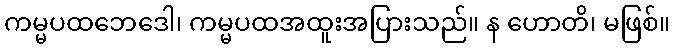
ကမ္မပထဘေဒေါ၊ ကမ္မပထအထူးအပြားသည်။ န ဟောတိ၊ မဖြစ်။